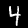
Digit: 4